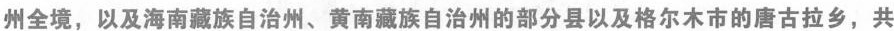
州全境，以及海南藏族自治州、黄南藏族自治州的部分县以及格尔木市的唐古拉乡，共